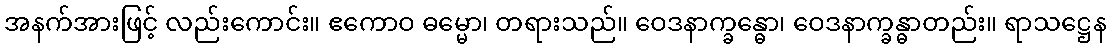
အနက်အားဖြင့် လည်းကောင်း။ ဧကောဝ ဓမ္မော၊ တရားသည်။ ဝေဒနာက္ခန္ဓော၊ ဝေဒနာက္ခန္ဓာတည်း။ ရာသဋ္ဌေန